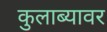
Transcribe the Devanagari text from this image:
कुलाब्यावर